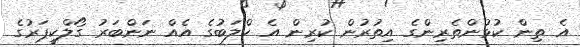
އެ ތިން ކުޅުންތެރިންގެ އިތުރުން ކުރިން އެ ކްލަބުގެ އެއް ނަންބަރު ގޯލްކީޕަރުގެ